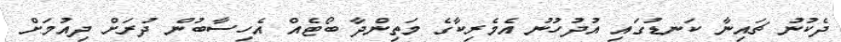
ދެކުނު ޗައިނާ ކަނޑުގައި އުދުހުނު އެމެރިކާގެ މަތިންދާ ބޯޓެއް އެހިސާބުން ދުރަށް ދިއުމަށް